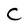
Character: C